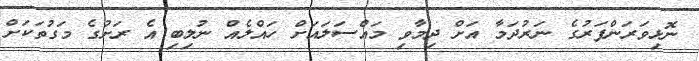
ނޮޅިވަރަންފަރުގެ ނަރުދަމާ އަށް ދިމާވި މައްސަލައަށް ހައްލެއް ނުލިބި އެ ރަށުގެ މަގުތަކަށް